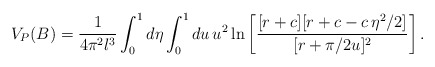
\begin{align*}V_P (B) = \frac{1}{4\pi^2 l^3}\int_{0}^{1} d\eta\int_{0}^{1} du\,u^2 \ln \left[ \frac{[r +c][r +c -c\,\eta^2 /2]} {[r +\pi/2u]^2} \right].\end{align*}